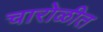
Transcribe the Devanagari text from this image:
चारोळीत